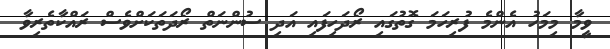
ވީމާ މިމަހު އެންމެ ފުރިހަމަ ގޮތުގައި ރޯދަހިފައި އަދި ސުންނަތް ރޯދަތަކަށްވެސް ރައްކާތެރިވާ